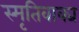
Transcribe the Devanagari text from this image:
स्मृतिवाक्य